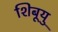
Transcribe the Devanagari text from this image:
शिबूयु